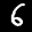
Label: 6